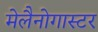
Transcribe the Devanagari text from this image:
मेलैनोगास्टर